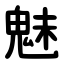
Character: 魅